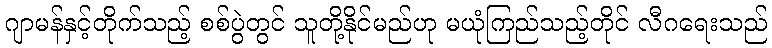
ဂျာမန်နှင့်တိုက်သည့် စစ်ပွဲတွင် သူတို့နိုင်မည်ဟု မယုံကြည်သည့်တိုင် လီဂရေးသည်